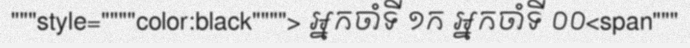
"""style=""""color:black""""> អ្នកចាំទី ១ក អ្នកចាំទី ០០<span"""